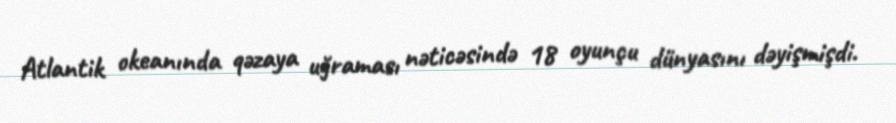
Atlantik okeanında qəzaya uğraması nəticəsində 18 oyunçu dünyasını dəyişmişdi.